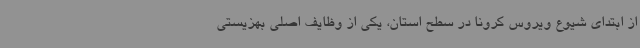
از ابتدای شیوع ویروس کرونا در سطح استان، یکی از وظایف اصلی بهزیستی